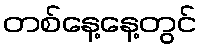
တစ်နေ့နေ့တွင်